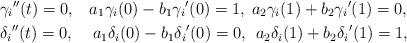
LaTeX: \begin{align*}&{\gamma_i}''(t)=0, \;\;\; a_1{\gamma_i}(0)-b_1{\gamma_i}'(0)=1,\;a_2{\gamma_i}(1)+b_2{\gamma_i}'(1)=0,\\&{\delta_i}''(t)=0, \;\;\;\; a_1{\delta_i}(0)-b_1{\delta_i}'(0)=0,\;\, a_2{\delta_i}(1)+b_2{\delta_i}'(1)=1,\end{align*}